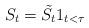
LaTeX: \begin{align*}S_t=\tilde{S_t}1_{t<\tau}\end{align*}